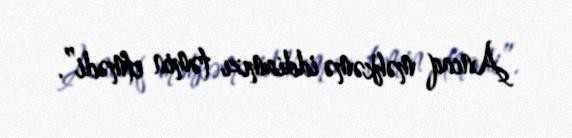
Ancaq məhkəmə iddiamızı təmin etmədi”.